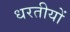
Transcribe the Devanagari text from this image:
धरतीयों